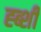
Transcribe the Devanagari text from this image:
ह्ब्शी